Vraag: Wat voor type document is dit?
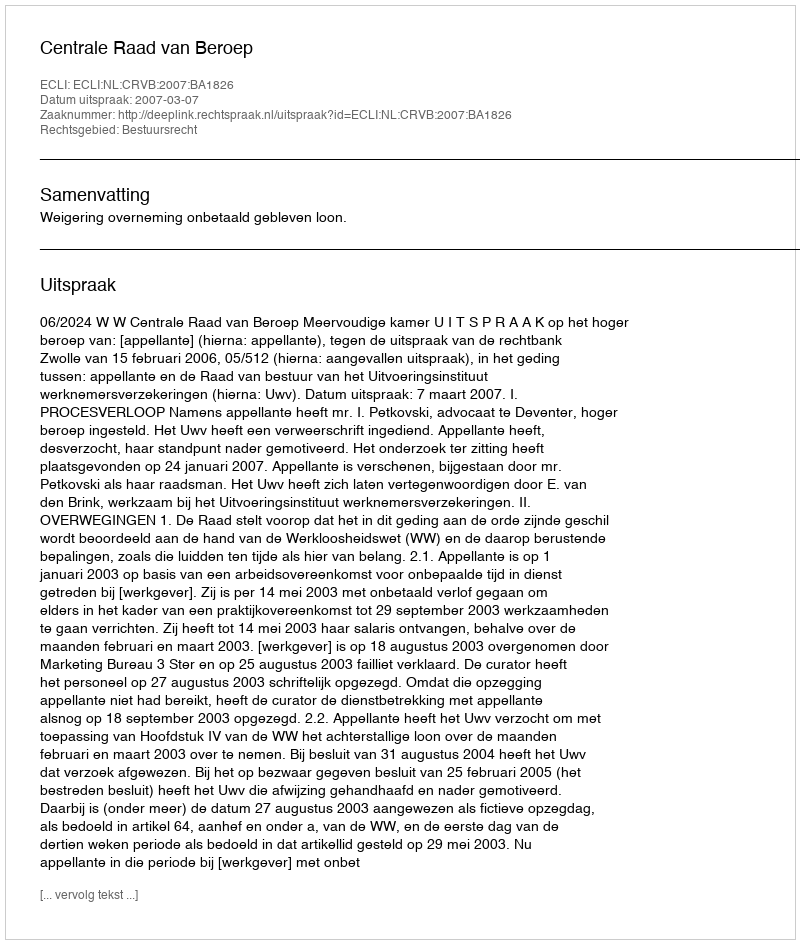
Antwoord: Uitspraak